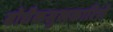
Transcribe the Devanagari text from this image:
बोधैकसुखकारिणे